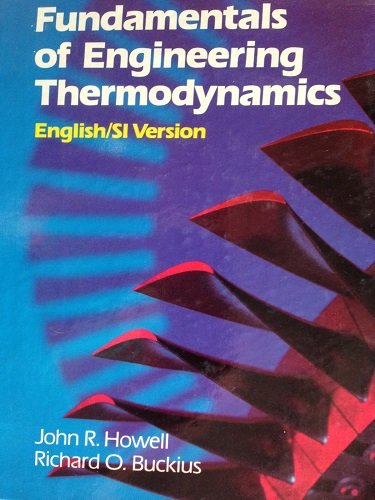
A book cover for Fundamentals of Engineering Thermodynamics: English/Si Version/With Diskette; John R. Howell; Science & Math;